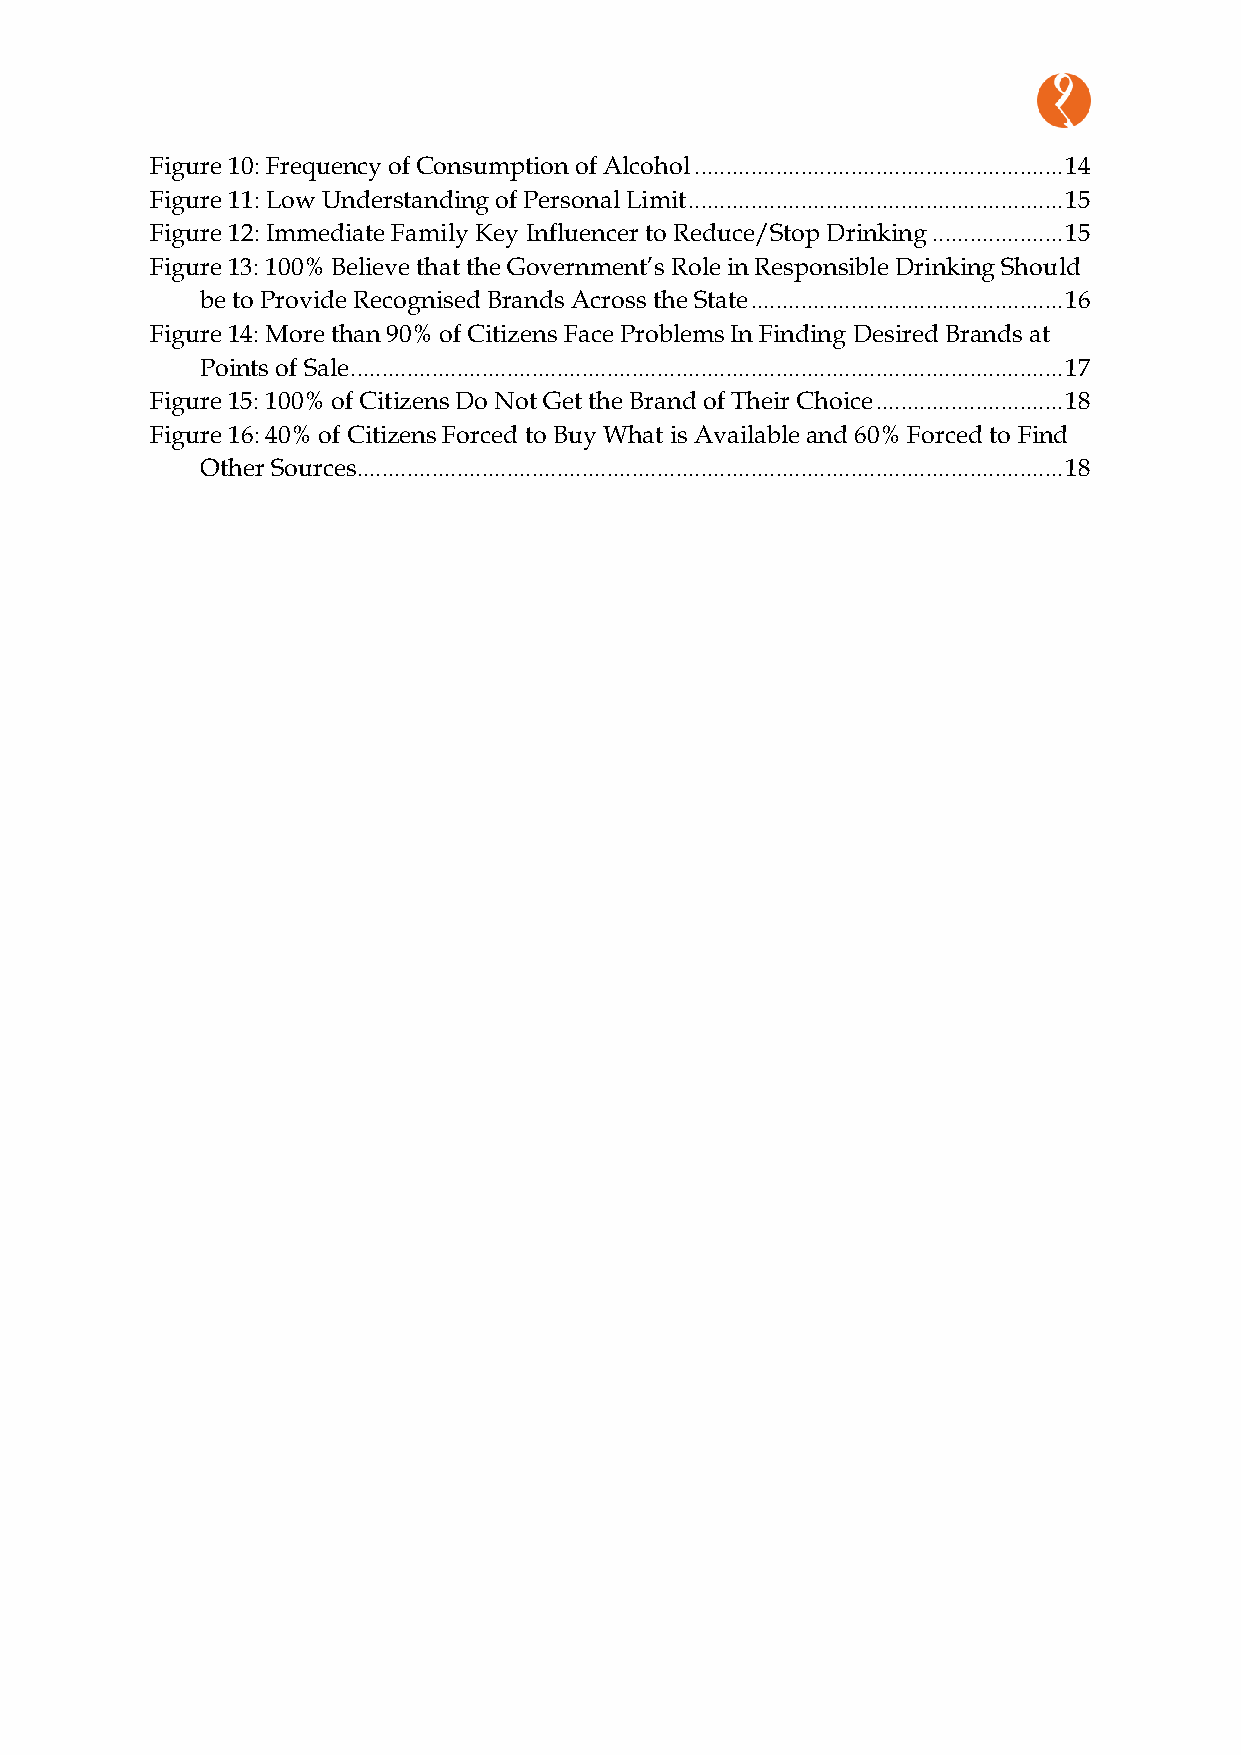
Figure 10: Frequency of Consumption of Alcohol ........................................................... 14
 Figure 11: Low Understanding of Personal Limit ............................................................ 15
 Figure 12: Immediate Family Key Influencer to Reduce/Stop Drinking ..................... 15
 Figure 13: 100% Believe that the Government’s Role in Responsible Drinking Should
 be to Provide Recognised Brands Across the State .................................................. 16
 Figure 14: More than 90% of Citizens Face Problems In Finding Desired Brands at
 Points of Sale .................................................................................................................. 17
 Figure 15: 100% of Citizens Do Not Get the Brand of Their Choice .............................. 18
 Figure 16: 40% of Citizens Forced to Buy What is Available and 60% Forced to Find
 Other Sources ................................................................................................................. 18